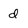
Character: d